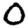
Digit: 0